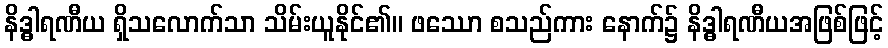
နိဒ္ဓါရဏီယ ရှိသလောက်သာ သိမ်းယူနိုင်၏။ ဖဿော စသည်ကား နောက်၌ နိဒ္ဓါရဏီယအဖြစ်ဖြင့်